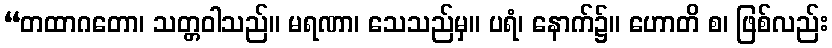
“တထာဂတော၊ သတ္တဝါသည်။ မရဏာ၊ သေသည်မှ။ ပရံ၊ နောက်၌။ ဟောတိ စ၊ ဖြစ်လည်း